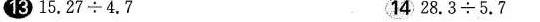
13. 15.27{\div} 4.7 14. 28.3{\div} 5.7